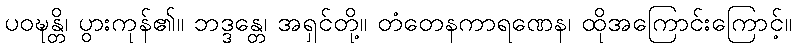
ပဝဍ္ဎန္တိ၊ ပွားကုန်၏။ ဘဒ္ဒန္တေ၊ အရှင်တို့။ တံတေနကာရဏေန၊ ထိုအကြောင်းကြောင့်။